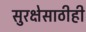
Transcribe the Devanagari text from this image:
सुरक्षेसाठीही